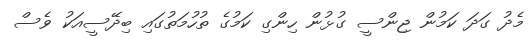
މެދު ގަދަ ކަމުން ޖިންސީ ގުޅުން ހިންގި ކަމުގެ ތުހުމަތުގައި ބިދޭސީއަކު ވެސް